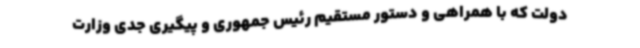
دولت که با همراهی و دستور مستقیم رئیس‌ جمهوری و پیگیری جدی وزارت